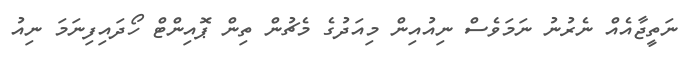
ނަތީޖާއެއް ނެރުނު ނަމަވެސް ނިއުއިން މިއަދުގެ މެޗުން ތިން ޕޮއިންޓް ހޯދައިފިނަމަ ނިއު